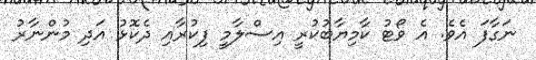
ނަގާފަ އެވެ. އެ ވޯޓު ކާމިޔާބުކުރީ އިސްލާމީ ފިކުރާއި ދެކޮޅު އަދި މުންނާރު